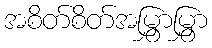
အစိတ်စိတ်အမြွှာမြွှာ